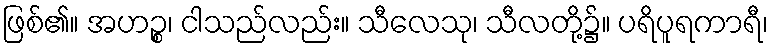
ဖြစ်၏။ အဟဉ္စ၊ ငါသည်လည်း။ သီလေသု၊ သီလတို့၌။ ပရိပူရကာရီ၊